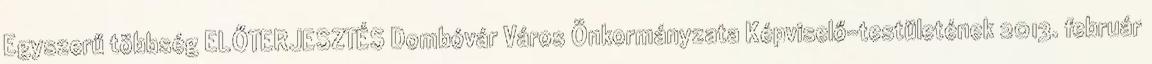
Egyszerű többség ELŐTERJESZTÉS Dombóvár Város Önkormányzata Képviselő-testületének 2013. február